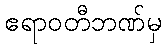
ဧရာဝတီဘဏ်မှ